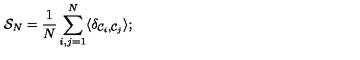
{ \cal { S } } _ { N } = { \frac { 1 } { N } } \sum _ { i , j = 1 } ^ { N } \langle \delta _ { { \cal { C } } _ { i } , { \cal { C } } _ { j } } \rangle ; \protect